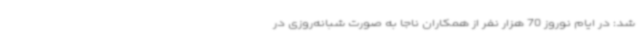
شد: در ایام نوروز 70 هزار نفر از همکاران ناجا به صورت شبانه‌روزی در